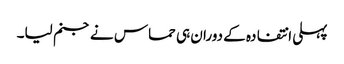
پہلی انتفادہ کے دوران ہی حماس نے جنم لیا۔